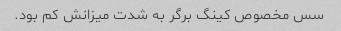
سس مخصوص کینگ برگر به شدت میزانش کم بود.